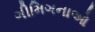
ગીમિગનાઓ